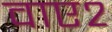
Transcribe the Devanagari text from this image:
वाए२